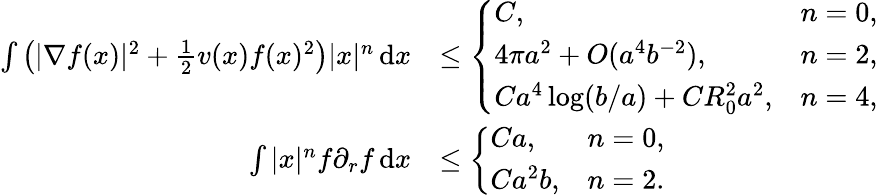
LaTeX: \begin{array}{rl}{\int\left(|\nabla f(x)|^{2}+\frac{1}{2}v(x)f(x)^{2}\right)|x|^{n}\, \textnormal{d}x}&{\leq\left\{ \begin{array}{ll}{C,}&{n=0,}\\ {4\pi a^{2}+O(a^{4}b^{-2}),}&{n=2,}\\ {Ca^{4}\log(b/a)+CR_{0}^{2}a^{2},}&{n=4,}\end{array}\right.}\\ {\int|x|^{n}f\partial_{r}f\, \textnormal{d}x}&{\leq\left\{ \begin{array}{ll}{Ca,}&{n=0,}\\ {Ca^{2}b,}&{n=2.}\end{array}\right.}\end{array}